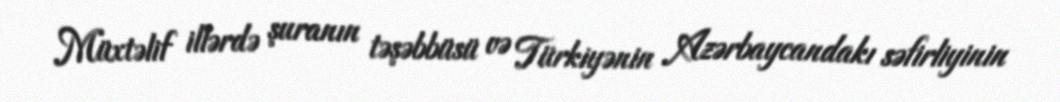
Müxtəlif illərdə şuranın təşəbbüsü və Türkiyənin Azərbaycandakı səfirliyinin